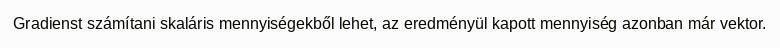
Gradienst számítani skaláris mennyiségekből lehet, az eredményül kapott mennyiség azonban már vektor.